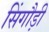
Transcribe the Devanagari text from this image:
सिंगौड़ी